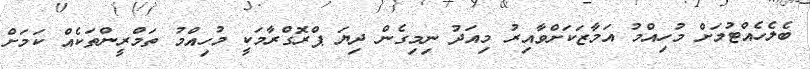
ބެލެހެއްޓުމަށް މުހިއްމު އަމާޒަކަށްވާއިރު މިއަދު ނިމިގެން ދިޔަ ޕްރޮގްރާމަކީ މުހިއްމު ތަމްރީންތަކެއް ކަމަށް